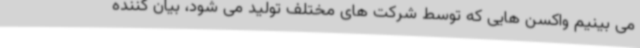
می بینیم واکسن هایی که توسط شرکت های مختلف تولید می شود، بیان کننده